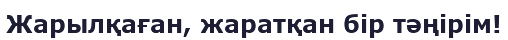
Жарылқаған, жаратқан бір тәңірім!